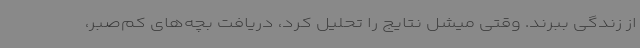
از زندگی ببرند. وقتی میشل نتایج را تحلیل کرد، دریافت بچه‌های کم‌صبر،